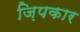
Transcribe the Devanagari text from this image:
ज़िपकार